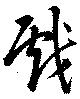
戲